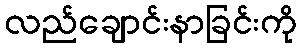
လည်ချောင်းနာခြင်းကို